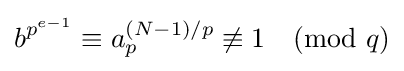
b^{p^{e-1}}\equiv a_{p}^{(N-1)/p}\not \equiv 1{\pmod {q}}